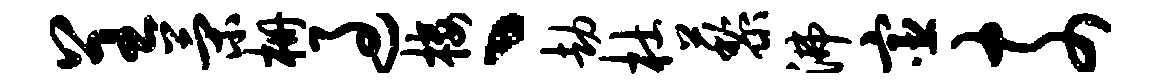
呈策栅过楼丶劫杜藜沸宦奈